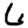
Digit: 6